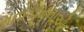
મનોકામનાઓ